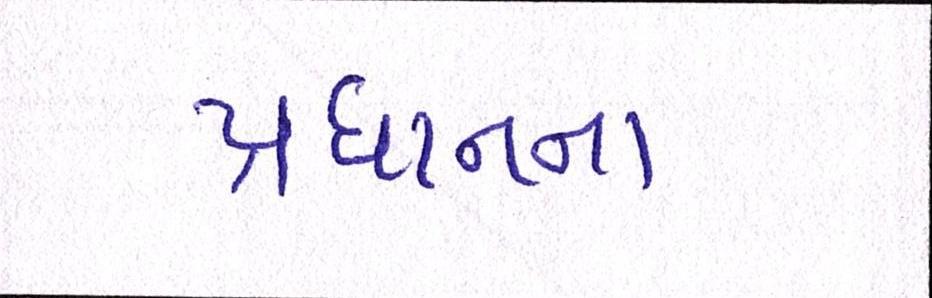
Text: પ્રધાનનાં